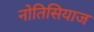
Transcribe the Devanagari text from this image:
नोतिसियाज